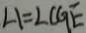
\angle 1 = \angle C G E